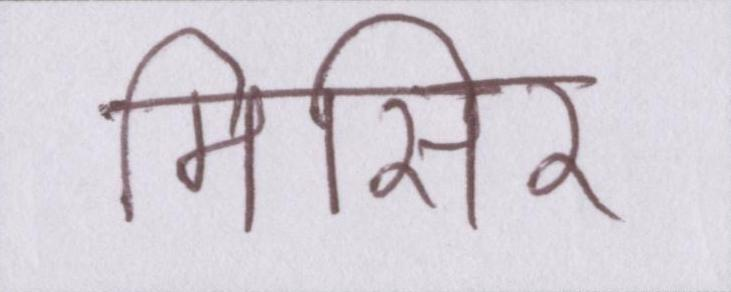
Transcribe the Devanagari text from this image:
मिसिर